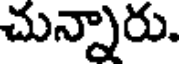
చున్నారు.